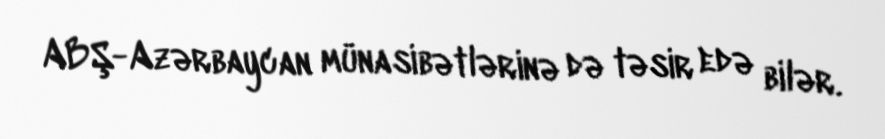
ABŞ-Azərbaycan münasibətlərinə də təsir edə bilər.